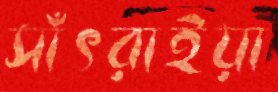
সাঁৎরাইয়া